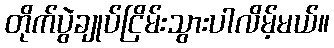
တိုက်ပွဲချုပ်ငြိမ်းသွားပါလိမ့်မယ်။